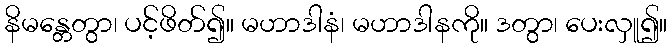
နိမန္တေတွာ၊ ပင့်ဖိတ်၍။ မဟာဒါနံ၊ မဟာဒါနကို။ ဒတွာ၊ ပေးလှူ၍။